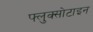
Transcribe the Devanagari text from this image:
फ्लुक्सोटाइन